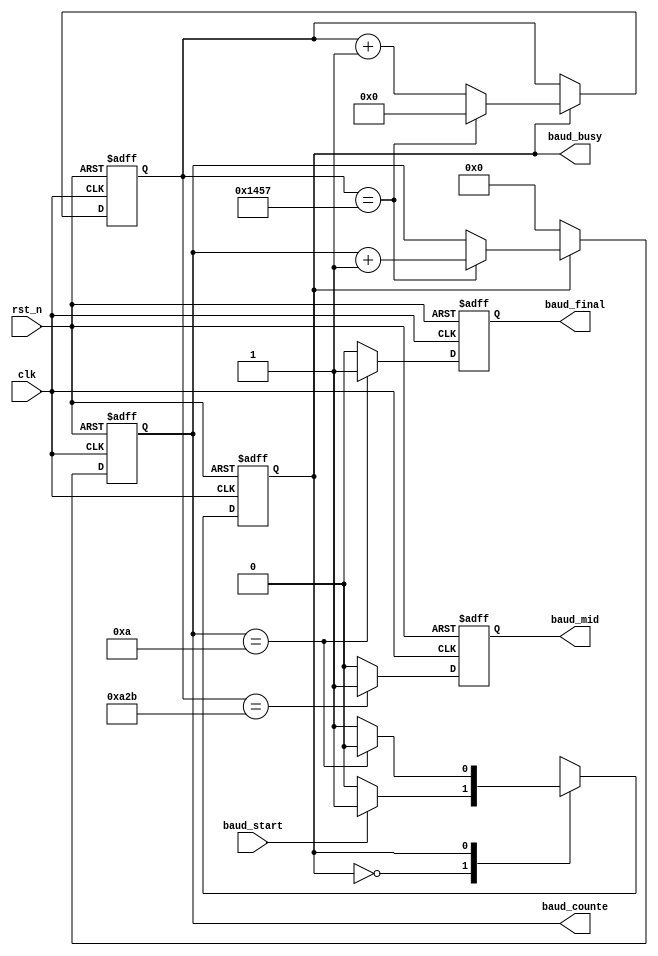
module uart_baud_gen #(
	parameter BAUD = 5207
)(
	input clk,    // Clock
	input rst_n,  // Asynchronous reset active low

	input baud_start,
	output reg baud_mid,
	output reg baud_final,
	output baud_busy,

	output reg [3:0]baud_counte
);

localparam INIT = 1'b0;
localparam WORK = 1'b1;

reg mode,next_mode;
always @(posedge clk or negedge rst_n) begin
	if(~rst_n) begin
		mode <= 0;
	end else begin
		mode <= next_mode;
	end
end

always @ (*) begin
	case (mode)
		INIT:begin
			if(baud_start) begin
				next_mode = WORK;
			end else begin
				next_mode = INIT;
			end
		end
		WORK:begin
			if(baud_counte == 4'd10) begin
				next_mode = INIT;
			end else begin
				next_mode = WORK;
			end
		end
		default:next_mode = INIT;
	endcase
end
assign baud_busy = mode;

// counter for generating baud
reg [12:0]counter;
always @ (posedge clk or negedge rst_n) begin
	if(~rst_n) begin
		counter <= 'b0;
	end else if(mode == WORK) begin
		if(counter == BAUD) begin
			counter <= 'b0;
		end else begin
			counter <= counter + 1'b1;
		end
	end
end

// counter for data flow
always @ (posedge clk or negedge rst_n) begin
	if(~rst_n) begin
		baud_counte <= 'b0;
	end else if(mode == INIT) begin
		baud_counte <= 'b0;
	end else if(counter == BAUD) begin
		baud_counte <= baud_counte + 1'b1;
	end
end

always @ (posedge clk or negedge rst_n) begin
	if(~rst_n) begin
		baud_mid <= 'b0;
	end else if(counter == BAUD / 2) begin
		baud_mid <= 1'b1;
	end else begin
		baud_mid <= 'b0;
	end
end

always @ (posedge clk or negedge rst_n) begin
	if(~rst_n) begin
		baud_final <= 'b0;
	end else if(baud_counte == 4'd10) begin
		baud_final <= 1'b1;
	end else begin
		baud_final <= 'b0;
	end
end

endmodule